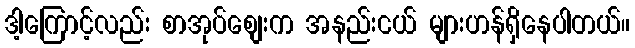
ဒါ့ကြောင့်လည်း စာအုပ်စျေးက အနည်းငယ် များဟန်ရှိနေပါတယ်။